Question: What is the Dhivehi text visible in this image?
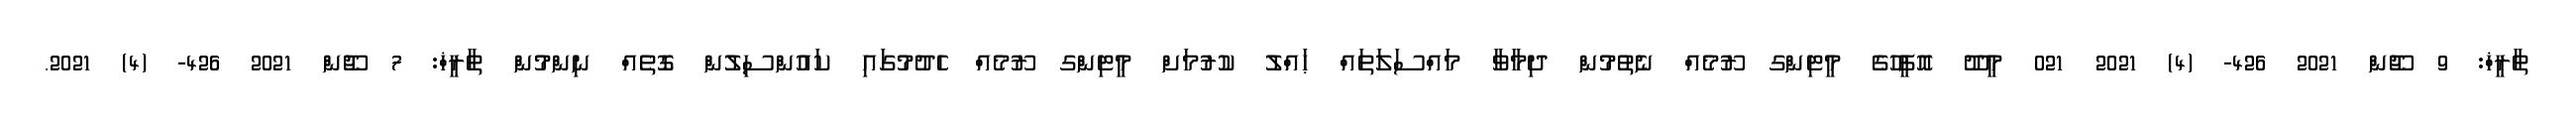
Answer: ތާރީޚް: 9 ޖޫން 2021 426- (4) 2021 021 މީދޫ އޮފީހުގެ މީޓިންގ ރޫމެއް ނެތުމުން ދިމާވާ މައްސަލަތައް ޙައްލު ކުރުމަށް މީޓިންގ ރޫމެއް ހެދުމުގައި ކައުންސިލުން ގޮތެއް ނިންމުން ތާރީޚް: 7 ޖޫން 2021 426- (4) 2021.